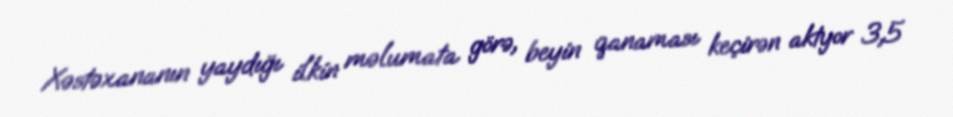
Xəstəxananın yaydığı ilkin məlumata görə, beyin qanaması keçirən aktyor 3,5